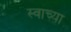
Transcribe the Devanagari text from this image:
स्वाच्या